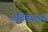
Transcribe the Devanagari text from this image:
अंबिकाबन